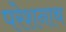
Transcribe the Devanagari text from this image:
परेशनाथ